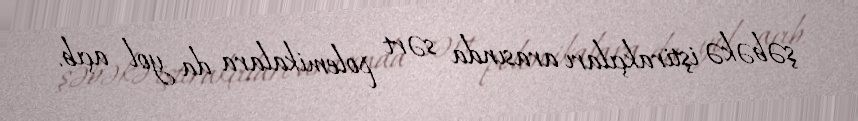
şəbəkə iştirakçıları arasında sərt polemikalara da yol açıb.